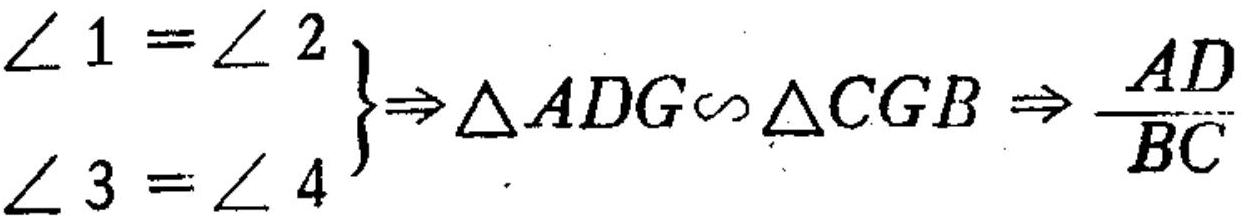
\(\left.\begin{array}{l}\angle 1 = \angle 2\\\angle 3 = \angle 4\end{array}\right\}\Rightarrow\triangle ADG\sim\triangle CGB\Rightarrow\frac{AD}{BC}\)